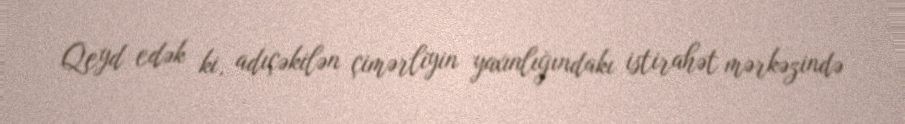
Qeyd edək ki, adıçəkilən çimərliyin yaxınlığındakı istirahət mərkəzində